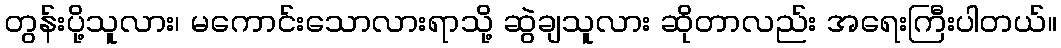
တွန်းပို့သူလား၊ မကောင်းသောလားရာသို့ ဆွဲချသူလား ဆိုတာလည်း အရေးကြီးပါတယ်။